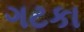
ગટકા